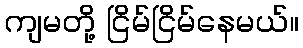
ကျမတို့ ငြိမ်ငြိမ်နေမယ်။